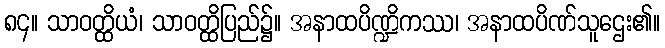
၈၄။ သာဝတ္ထိယံ၊ သာဝတ္ထိပြည်၌။ အနာထပိဏ္ဍိကဿ၊ အနာထပိဏ်သူဌေး၏။